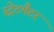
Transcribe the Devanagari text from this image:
स्ट्रेटमैटर